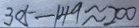
3 0 5 - 1 4 9 \approx 2 0 0